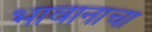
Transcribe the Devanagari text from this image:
भावानाचा